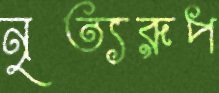
নৃত্যরূপ